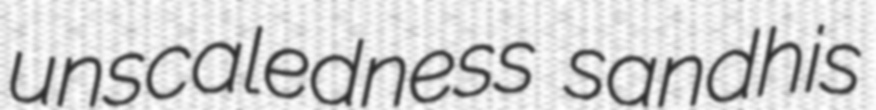
unscaledness sandhis